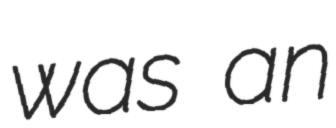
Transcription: was an